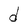
Character: d